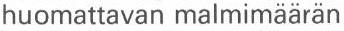
huomattavan malmimäärän